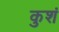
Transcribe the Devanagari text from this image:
कुशं